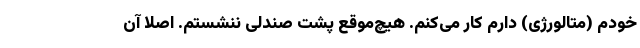
خودم (متالورژی) دارم کار می‌کنم. هیچ‌موقع پشت صندلی ننشستم. اصلا آن